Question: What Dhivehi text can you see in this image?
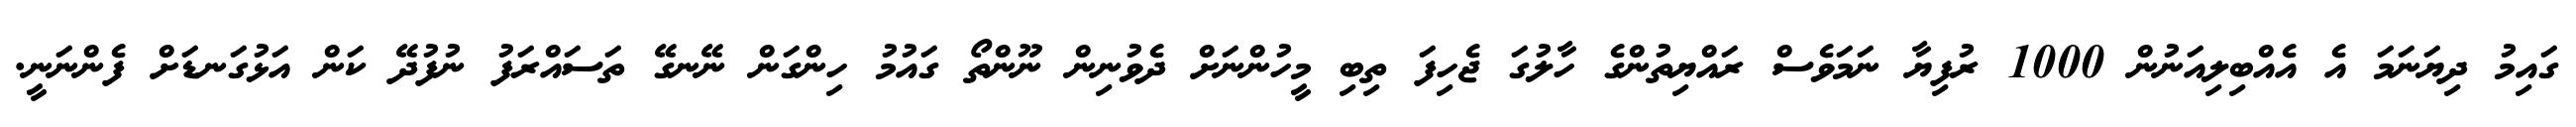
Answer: ގައިމު ދިޔަނަމަ އެ އެއްބިލިއަނުން 1000 ރުފިޔާ ނަމަވެސް ރައްޔިތުންގެ ހާލުގަ ޖެހިފަ ތިބި މީހުންނަށް ދެވުނިން ނޫންތޯ ގައުމު ހިންގަން ނޭނގޭ ތަސައްރަފު ނުފުދޭ ކަން އަޅުގަނޑަށް ފެންނަނީ.